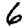
Digit: 6